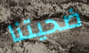
ضحيتنا